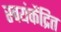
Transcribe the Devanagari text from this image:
स्वयंकेंद्रित